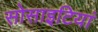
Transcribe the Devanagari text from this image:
सोसाइटियां